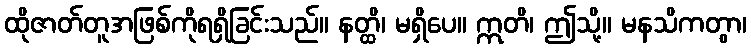
ထိုဇာတ်တူအဖြစ်ကိုရရှိခြင်းသည်။ နတ္ထိ၊ မရှိပေ။ ဣတိ၊ ဤသို့။ မနသိကတွာ၊